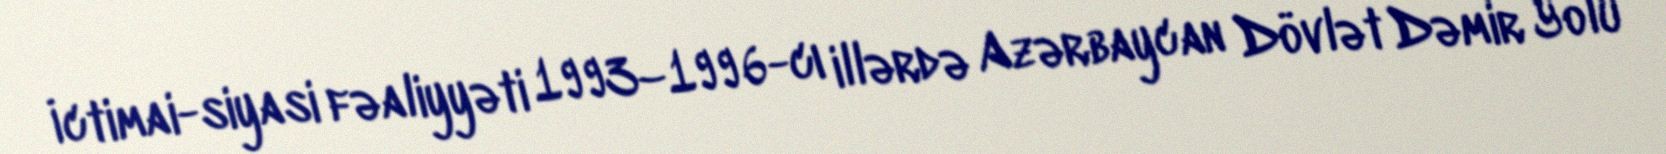
İctimai-siyasi fəaliyyəti 1993–1996-cı illərdə Azərbaycan Dövlət Dəmir Yolu